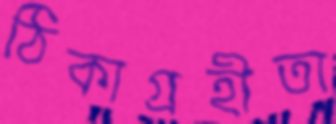
ঠিকাগ্রহীতা